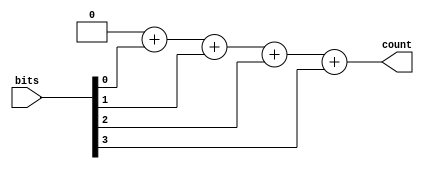
`timescale 1ns / 1ps
//////////////////////////////////////////////////////////////////////////////////
// Company: 
// Engineer: 
// 
// Design Name: 
// Module Name: count_one
// Project Name: 
// Target Devices: 
// Tool Versions: 
// Description: 
// 
// Dependencies: 
// 
// Revision:
// Revision 0.01 - File Created
// Additional Comments:
// 
//////////////////////////////////////////////////////////////////////////////////


module count_one(
    bits, count
);
    parameter IN_BITS = 4;
    parameter OUT_BITS = 3;
    input wire [IN_BITS-1:0] bits;
    output reg [OUT_BITS-1:0] count;
    
    integer idx;
    always @* begin
      count = {OUT_BITS{1'b0}};  
      for( idx = 0; idx<IN_BITS; idx = idx + 1) begin
        count = count + bits[idx];
      end
    end
    
    
endmodule